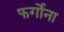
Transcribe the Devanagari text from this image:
फर्गोना